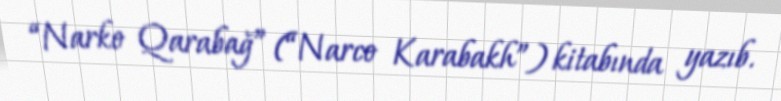
“Narko Qarabağ” (“Narco Karabakh”) kitabında yazıb.